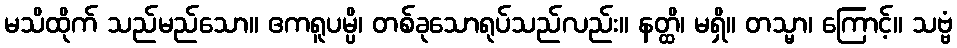
မသိထိုက် သည်မည်သော။ ဧကရူပမ္ပိ၊ တစ်ခုသောရုပ်သည်လည်း။ နတ္ထိ၊ မရှိ။ တသ္မာ၊ ကြောင့်။ သဗ္ဗံ